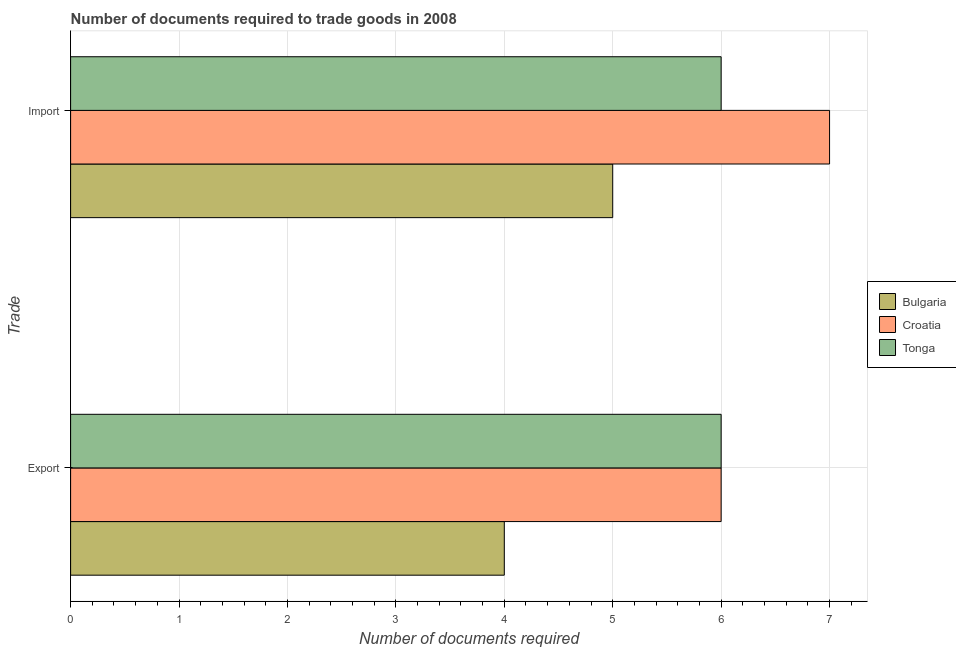
| Trade | Bulgaria | Croatia | Tonga |
 | --- | --- | --- | --- |
 | Export | 4 | 6 | 6 |
 | Import | 5 | 7 | 6 |